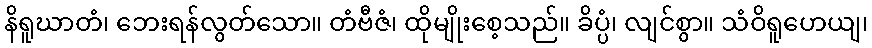
နိရူဃာတံ၊ ဘေးရန်လွတ်သော။ တံဗီဇံ၊ ထိုမျိုးစေ့သည်။ ခိပ္ပံ၊ လျင်စွာ။ သံဝိရူဟေယျ၊